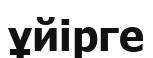
ұйірге